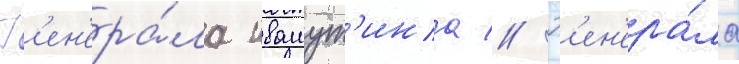
Г'ен'ера́ла ивашут'ина // Г'ен'ера́ла